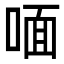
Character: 喕